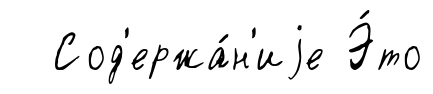
Сод'ержа́н'иjе Э́то